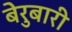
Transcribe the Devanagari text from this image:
बेरुबारी